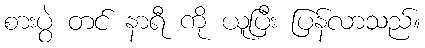
စားပွဲ တင် နာရီ ကို ယူပြီး ပြန်လာသည်။